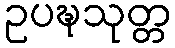
ဥပဍ္ဎသုတ္တ